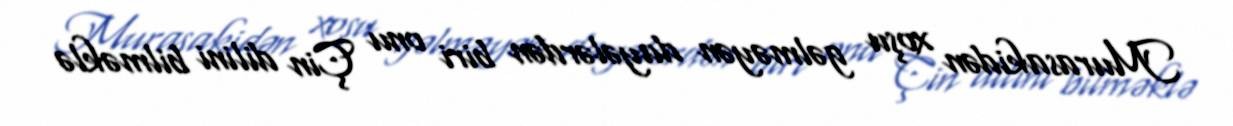
Murasakidən xoşu gəlməyən dayələrdən biri onu Çin dilini bilməklə